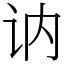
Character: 讷